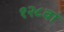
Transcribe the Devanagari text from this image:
१२८वां